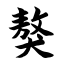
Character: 獒